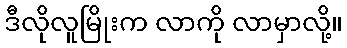
ဒီလိုလူမြိုးက လာကို လာမှာလို့။